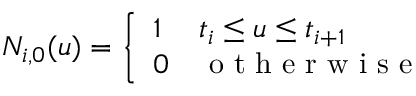
N _ { i , 0 } ( u ) = \left\{ \begin{array} { l l } { 1 } & { t _ { i } \leq u \leq t _ { i + 1 } } \\ { 0 } & { \mathrm { ~ o ~ t ~ h ~ e ~ r ~ w ~ i ~ s ~ e ~ } } \end{array} \right.